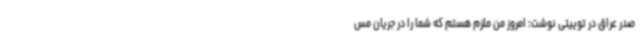
صدر عراق در توییتی نوشت: امروز من ملزم هستم که شما را در جریان مس